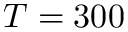
T = 3 0 0